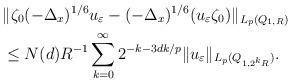
LaTeX: \begin{align*} &\|\zeta_0 (-\Delta_x)^{1/6} u_{\varepsilon} - (-\Delta_x)^{1/6} (u_{\varepsilon} \zeta_0)\|_{ L_p (Q_{1, R}) }\\& \le N (d) R^{-1} \sum_{k = 0}^{\infty} 2^{-k - 3d k/p } \|u_{\varepsilon}\|_{ L_{p} (Q_{1, 2^k R}) }.\end{align*}